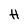
Character: H